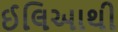
ઈલિઆથી